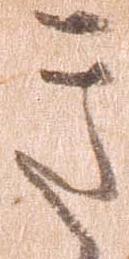
き